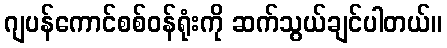
ဂျပန်ကောင်စစ်ဝန်ရုံးကို ဆက်သွယ်ချင်ပါတယ်။